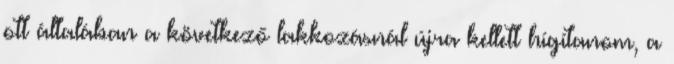
ott általában a következő lakkozásnál újra kellett hígítanom, a